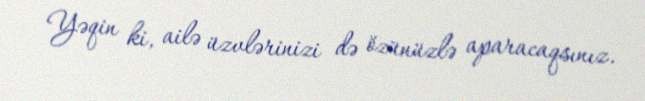
Yəqin ki, ailə üzvlərinizi də özünüzlə aparacaqsınız.